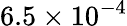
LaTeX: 6.5\times 10^{-4}